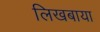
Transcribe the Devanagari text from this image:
लिखबाया